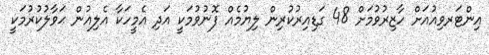
އިންޓަރވިއުއަށް ހާޒިރުވުމަށް 48 ގަޑިއިރުކުރިން ލިޔުމެއް ފޮނުވުމަކީ އަދި އެމީހަކާ އެލިއުން ޙަވާލުކުރުމަކީ